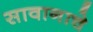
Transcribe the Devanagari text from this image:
सावानाचे